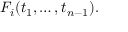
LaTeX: F _ { i } ( t _ { 1 } , \ldots , t _ { n - 1 } ) .